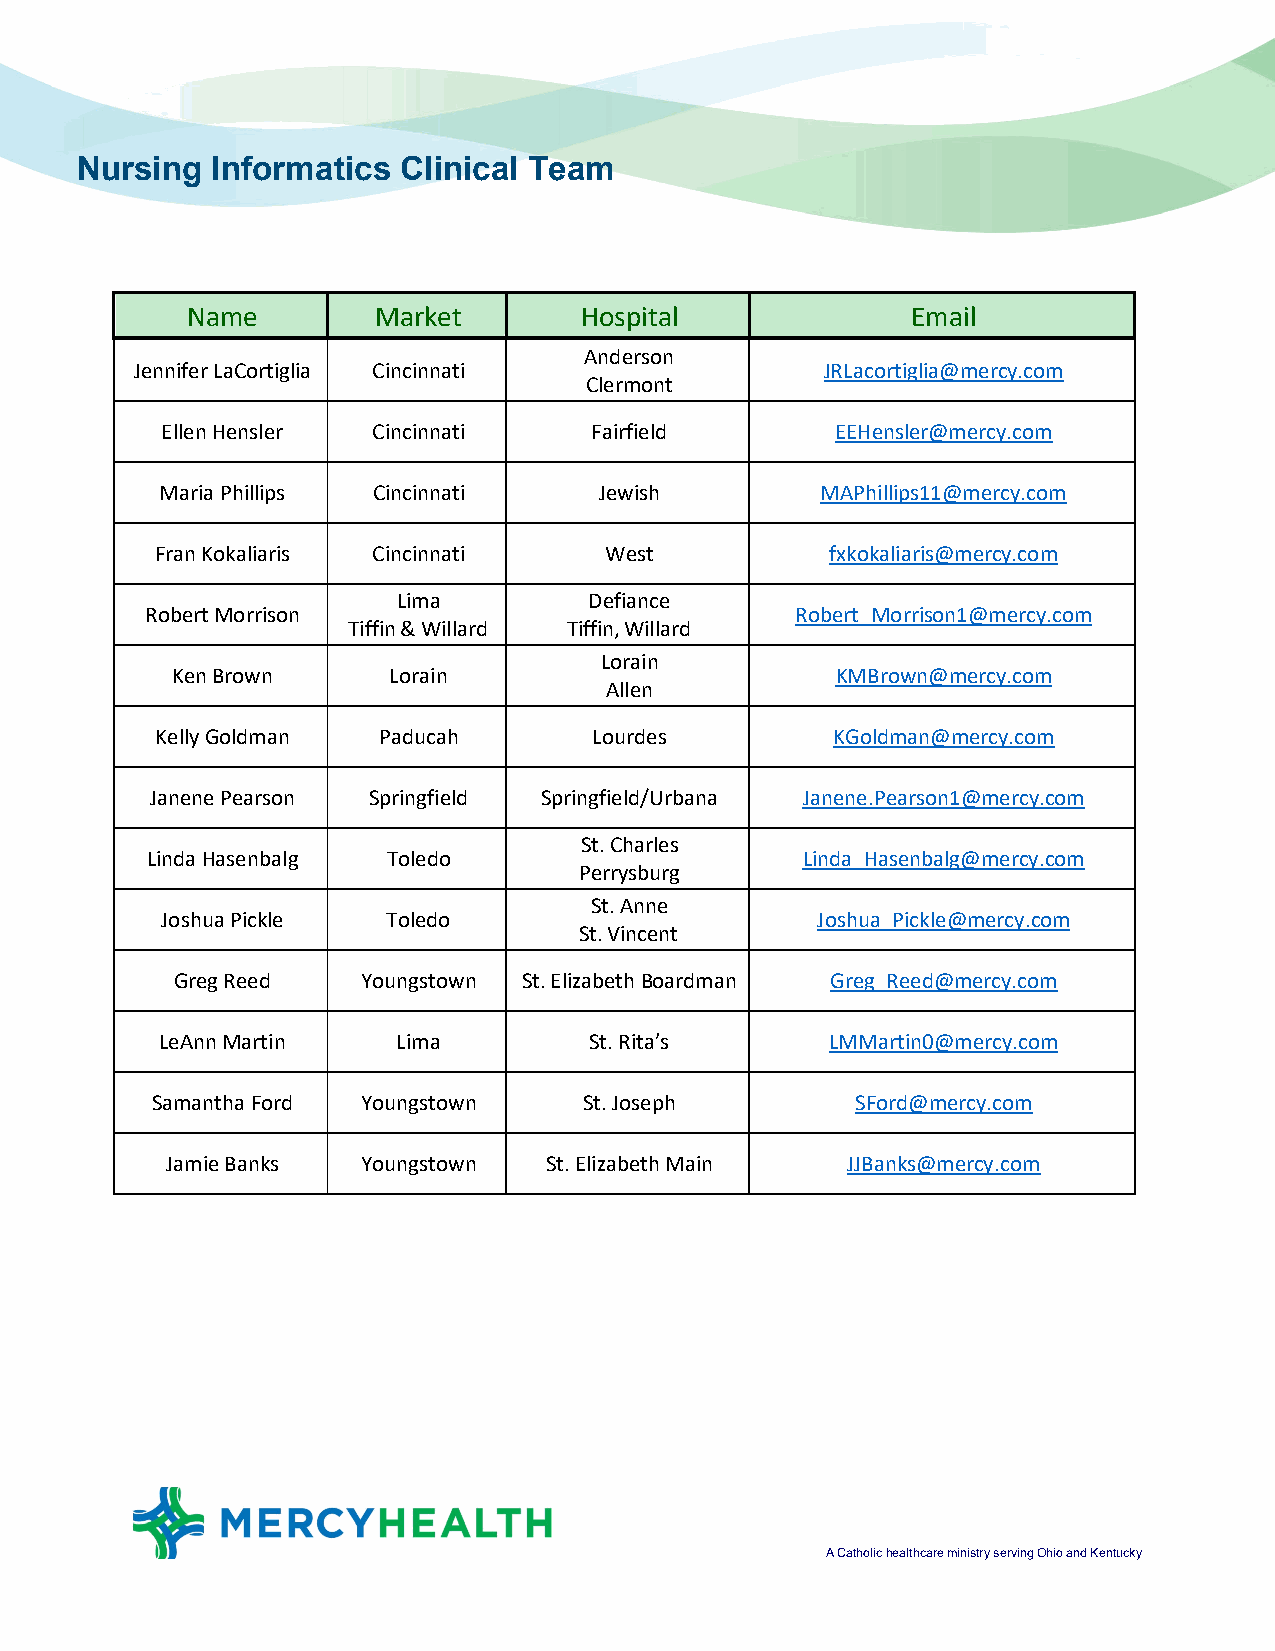
Nursing  Informatics Clinical Team
 Name         Market       Hospital              Email
 Anderson
 Jennifer LaCortiglia Cincinnati               JRLacortiglia@mercy.com
 Clermont
 Ellen Hensler Cincinnati    Fairfield       EEHensler@mercy.com
 Maria Phillips Cincinnati    Jewish        MAPhillips11@mercy.com
 Fran Kokaliaris Cincinnati    West           fxkokaliaris@mercy.com
 Lima         Defiance
 Robert Morrison                            Robert_Morrison1@mercy.com
 Tiffin & Willard Tiffin, Willard
 Lorain
 Ken Brown      Lorain                       KMBrown@mercy.com
 Allen
 Kelly Goldman  Paducah       Lourdes         KGoldman@mercy.com
 Janene Pearson Springfield Springfield/Urbana Janene.Pearson1@mercy.com
 St. Charles
 Linda Hasenbalg Toledo                     Linda_Hasenbalg@mercy.com
 Perrysburg
 St. Anne
 Joshua Pickle  Toledo                      Joshua_Pickle@mercy.com
 St. Vincent
 Greg Reed   Youngstown St. Elizabeth Boardman Greg_Reed@mercy.com
 LeAnn Martin   Lima         St. Rita’s      LMMartin0@mercy.com
 Samantha Ford Youngstown     St. Joseph        SFord@mercy.com
 Jamie Banks  Youngstown  St. Elizabeth Main  JJBanks@mercy.com
 A Catholic healthcare ministry serving Ohio and Kentucky